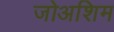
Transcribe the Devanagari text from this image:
जोअशिम